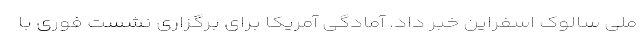
ملی سالوک اسفراین خبر داد. آمادگی آمریکا برای برگزاری نشست فوری با